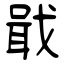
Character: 戢